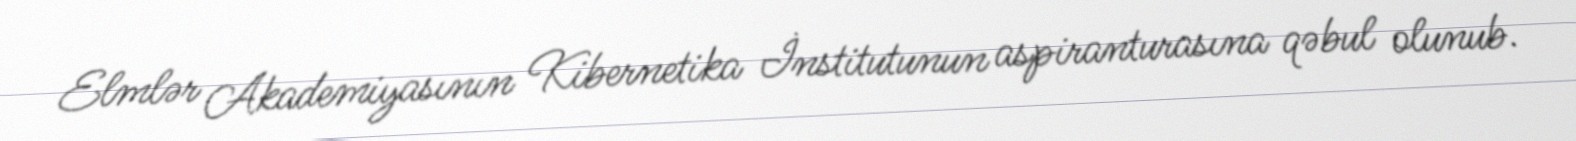
Elmlər Akademiyasının Kibernetika İnstitutunun aspiranturasına qəbul olunub.